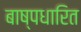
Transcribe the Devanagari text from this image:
बाष्पधारित